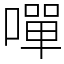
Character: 嘽